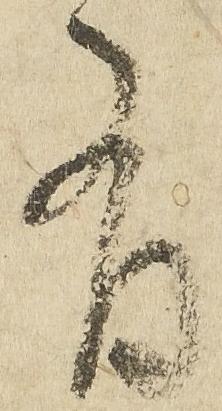
有